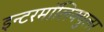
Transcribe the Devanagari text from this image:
इन्टरमॉलिक्युलर